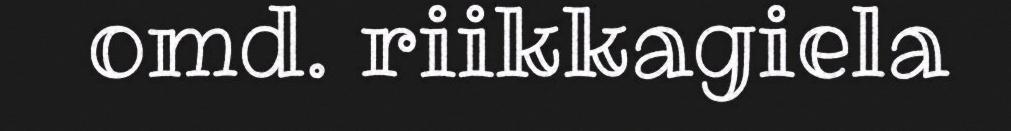
omd. riikkagiela